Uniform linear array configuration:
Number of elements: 4
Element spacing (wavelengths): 0.75
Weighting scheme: kaiser
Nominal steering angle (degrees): -30
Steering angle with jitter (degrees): -31.604
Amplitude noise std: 0.05
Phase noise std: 0.05

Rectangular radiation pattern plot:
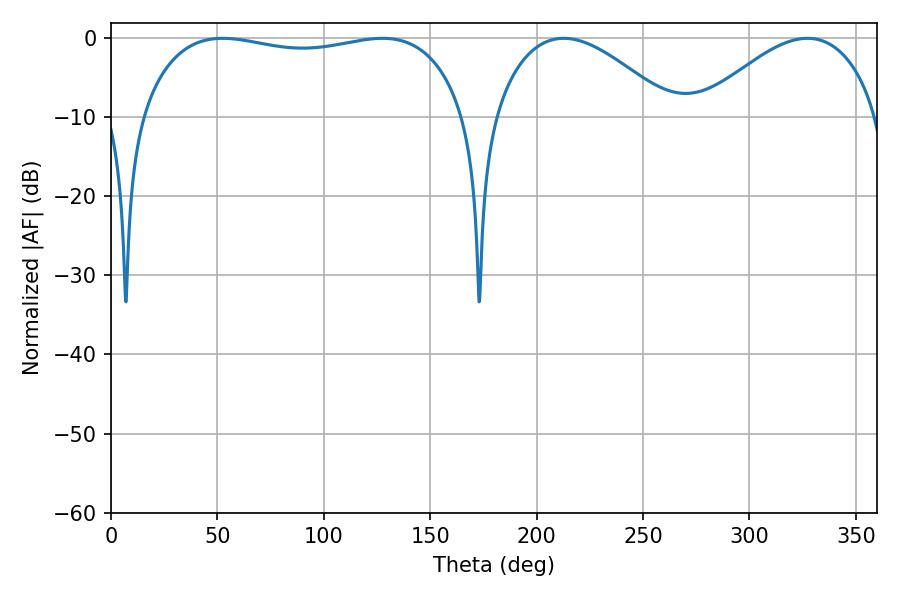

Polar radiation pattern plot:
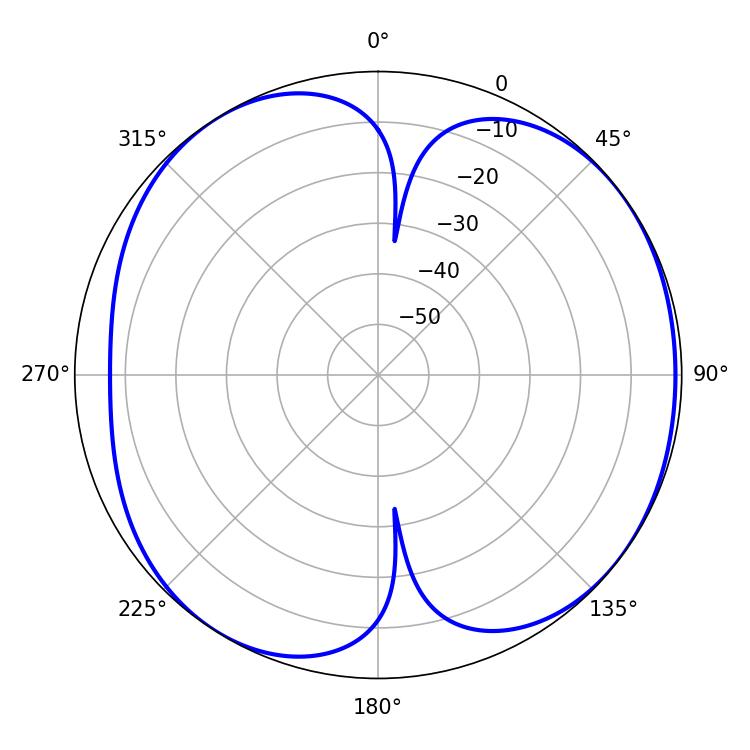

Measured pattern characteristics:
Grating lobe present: TRUE
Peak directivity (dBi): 5.948
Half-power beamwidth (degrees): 46.08
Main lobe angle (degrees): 212.76